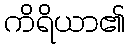
ကိရိယာ၏